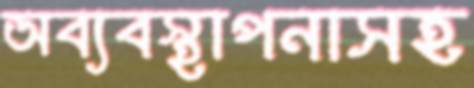
অব্যবস্থাপনাসহ